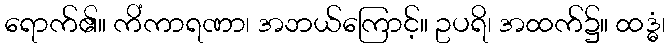
ရောက်၏။ ကိံကာရဏာ၊ အဘယ်ကြောင့်။ ဥပရိ၊ အထက်၌။ ထဒ္ဓံ၊